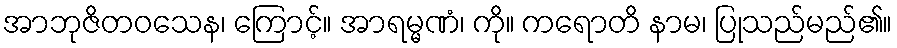
အာဘုဇိတဝသေန၊ ကြောင့်။ အာရမ္မဏံ၊ ကို။ ကရောတိ နာမ၊ ပြုသည်မည်၏။